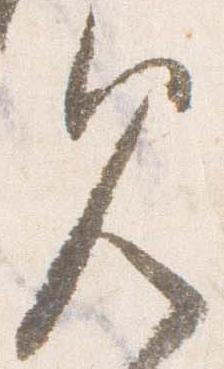
見